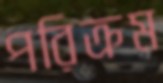
পরিক্রম